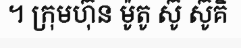
។ ក្រុមហ៊ុន ម៉ូតូ ស៊ូ ស៊ូគិ